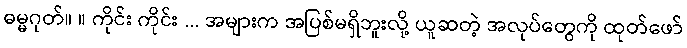
ဓမ္မဂုတ်။ ။ ကိုင်း ကိုင်း ... အများက အပြစ်မရှိဘူးလို့ ယူဆတဲ့ အလုပ်တွေကို ထုတ်ဖော်